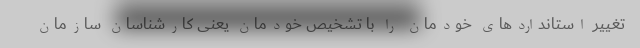
تغییر استاندارد‌های خودمان را با تشخیص خودمان یعنی کارشناسان سازمان